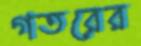
গতরের